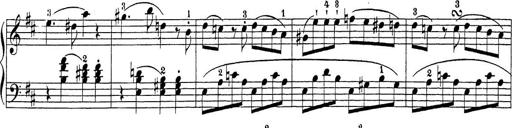
Title: Sonatina Album
Composer: Louis KÃ¶hler